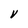
Character: V